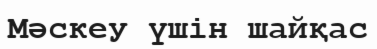
Мәскеу үшін шайқас